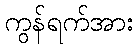
ကွန်ရက်အား